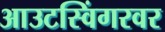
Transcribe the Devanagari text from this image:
आउटस्विंगरवर